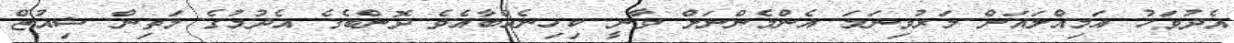
އެދުވަހު އަމިއްލައަށް މަރުވިނަމަ އެންމެންނަށް ވާނީ ކިހިނެއްބާއެވެ ދޮންބެގެ އެދުމުގެ މަތިން ޝިއުޒް